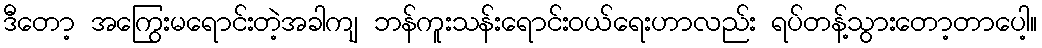
ဒီတော့ အကြွေးမရောင်းတဲ့အခါကျ ဘန်ကူးသန်းရောင်းဝယ်ရေးဟာလည်း ရပ်တန့်သွားတော့တာပေါ့။